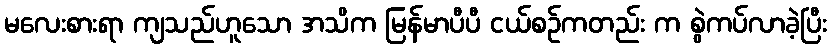
မလေးစားရာ ကျသည်ဟူသော အသိက မြန်မာပီပီ ငယ်စဉ်ကတည်း က စွဲကပ်လာခဲ့ပြီး